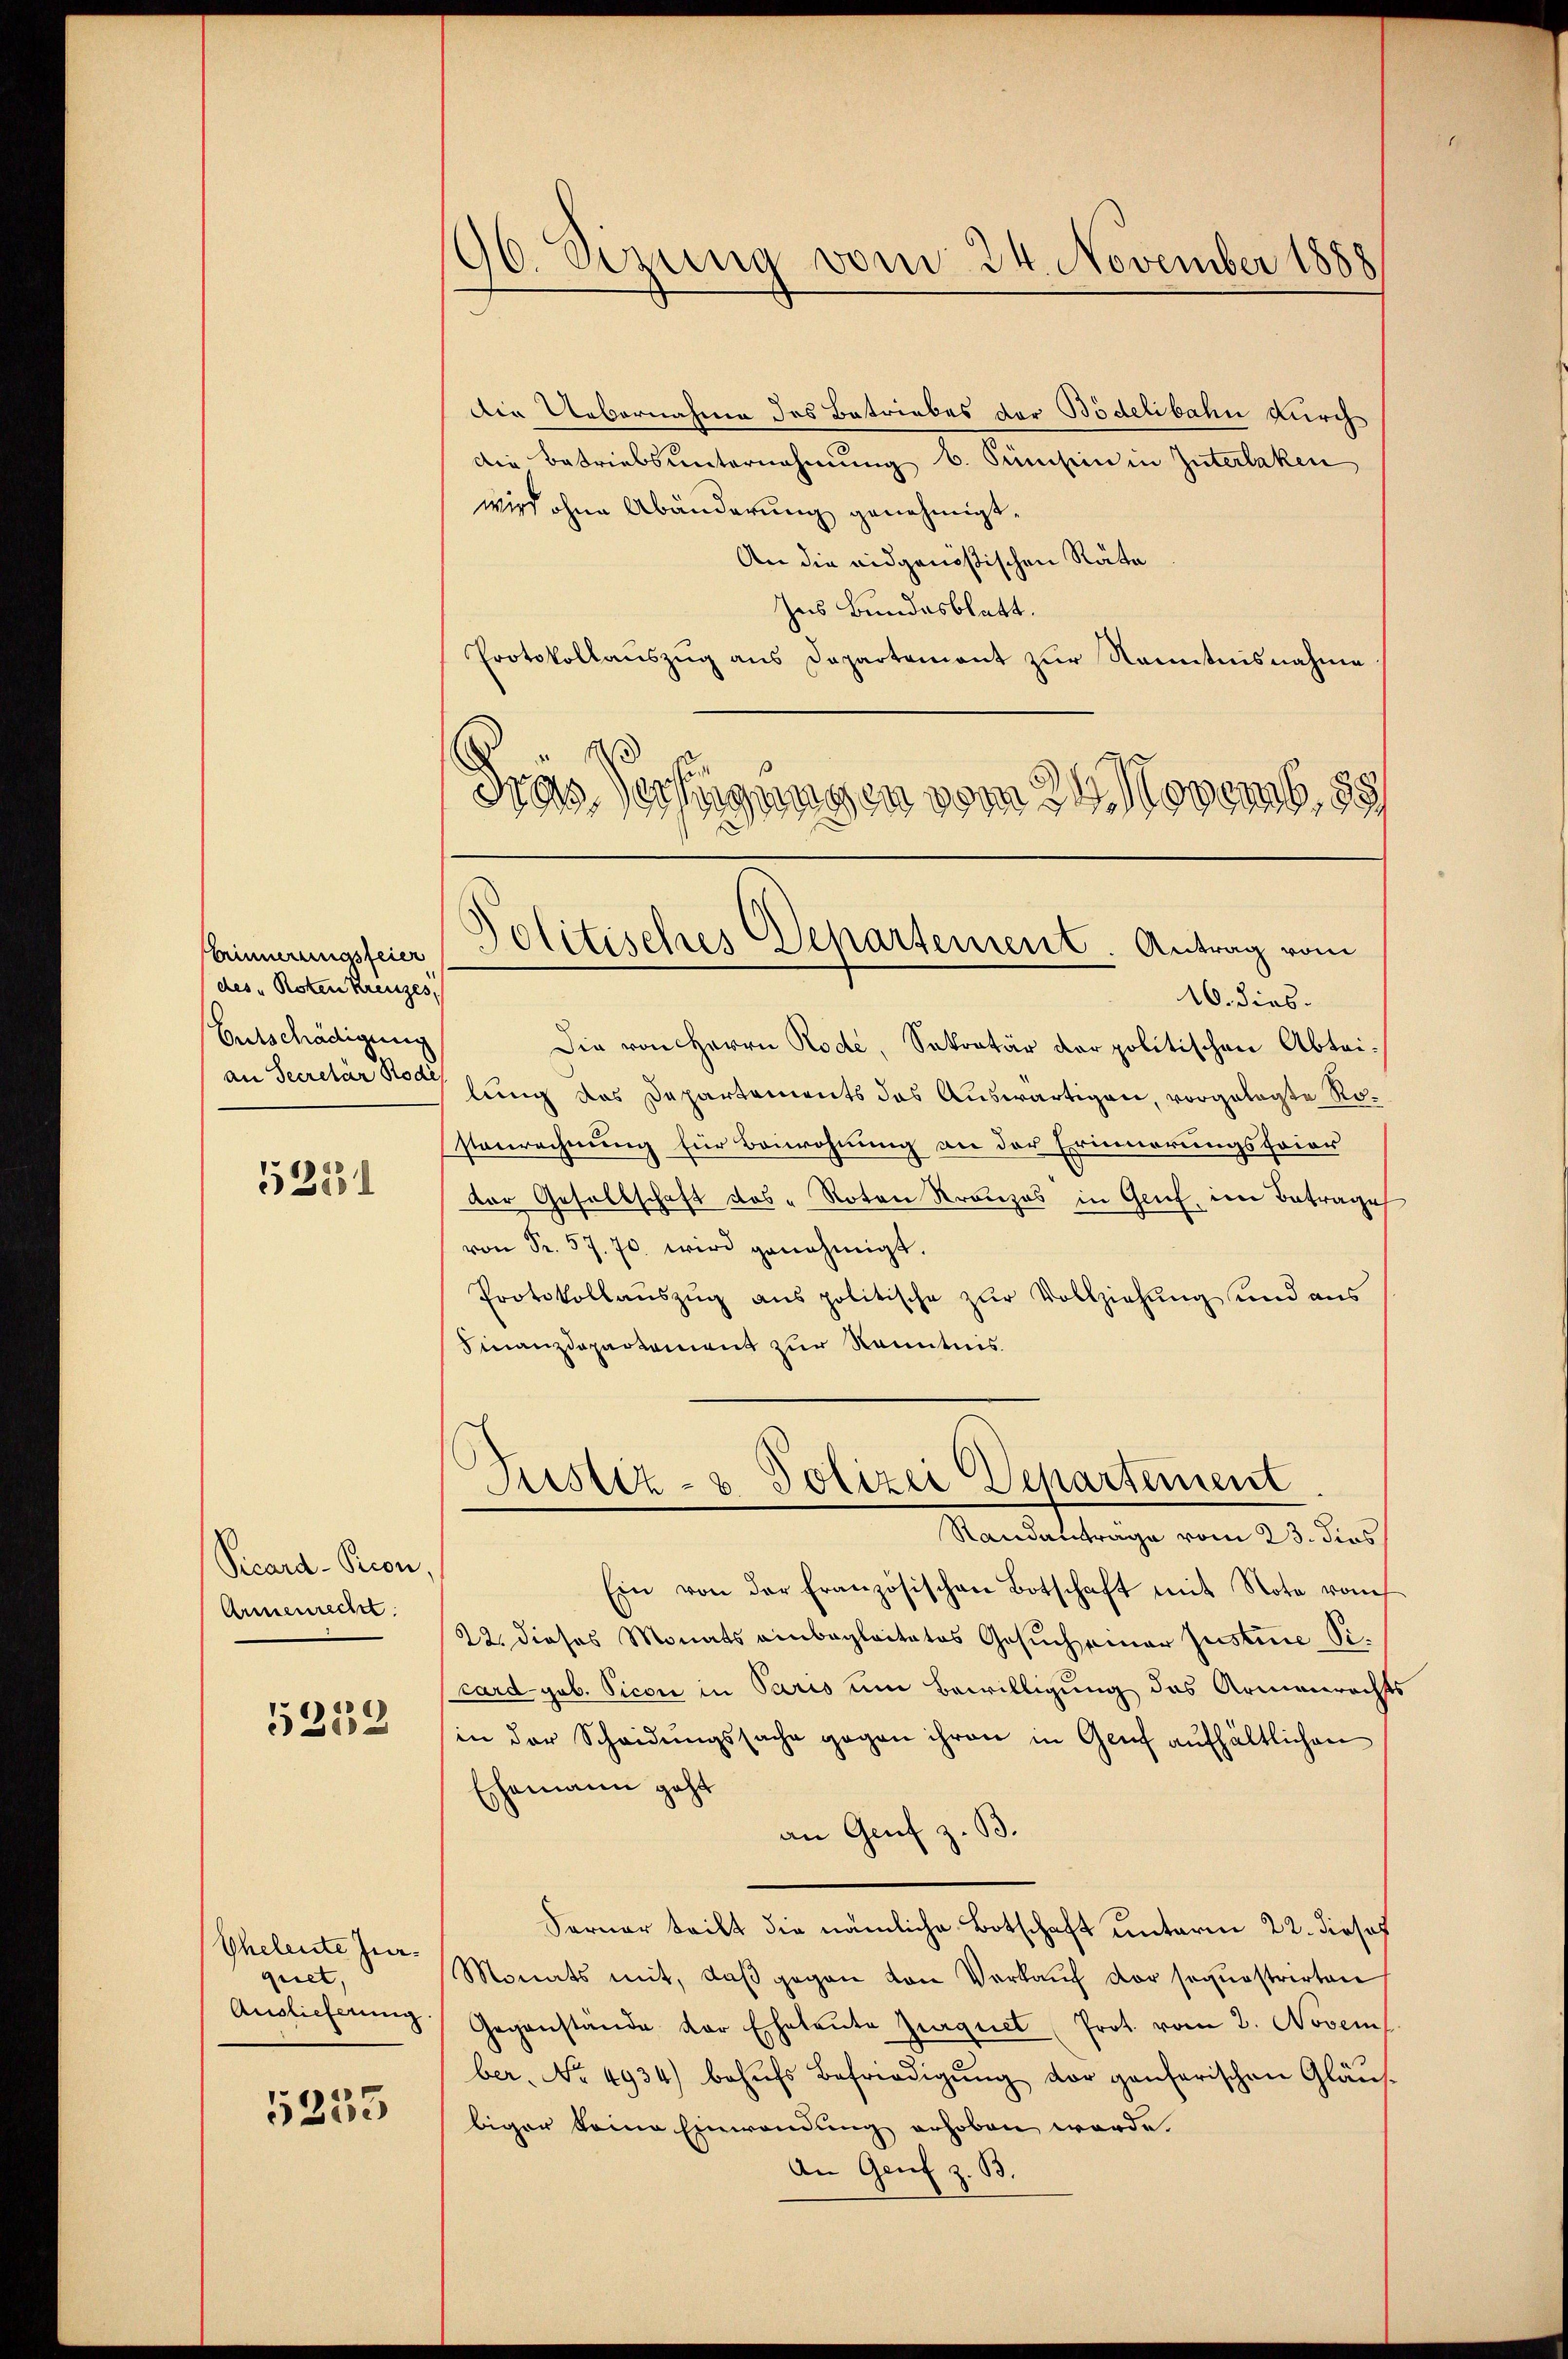
Erinnerungsfeier
des "Roten Kreuzes,
Entschädigung
an Secretär Rode

5231

Picard-Pion.
Armenrecht.

5239

Eheleute Jurquet.
Auslieferung.

5235

Die Uebernahme des Betriebes der Bödelibahn durch
die Betriebsunternehmung b. Sumsein in Interlaken
wird ohne Abänderung genehmigt.
An die eidgenößischen Räte
Ins Bundesblatt.
Protokollauszug aus Departement zur Kenntnisnahme
Fras Verfügungen vom 24. Novemb. 1881

96. Sizung vom 24. November 1888

Politisches Departement. Antrag vom

Pustiz- & Polizei Departement
Standantrage vom 23. dies

16. dies
Die von Herrn Rode, Sekretär der politischen Abteilung des Departements das Auswärtigen, vorgelegte Rostenrechnung für Beiwohnung an der Erinnerungsfeier
der Gesellschaft das "Roten Kronzes in Gruf, im Betrage
von Fr. 57. 70. wird genehmigt.
Protokollaŭszŭg ans politische zŭr Vollziehŭng und ans
Finanzdepartement zur Kenntnis.
Ein von der Französischen Botschaft mit Note vonf
22. dieses Monats einbegleitetes Gesuch einer Justine Sicardgob. Vicon in Paris um Bewilligung das Armenrechts
(in der Scheidungssache gegen ihren in Genf aufhältlichen
Ehemann geht
an Graf z. B.
Serner teilt die nämliche Botschaft unterm 22. Josef
Monats mit, daβ gegen von Verkaŭf der sequestrirten
Gegenstande der Eheleute Zurquet Prot. vom 2. Novem
ber. No. 4934) behŭfs Befriedigŭng vor ganferischen Gläŭs-
biger keine Einwendung erhoben werde.
An Genf z. B.